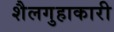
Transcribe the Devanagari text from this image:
शैलगुहाकारी